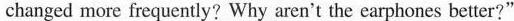
changed more frequcntly? Why aren't the earphones better?”